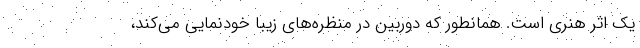
یک اثر هنری است. همانطور که دوربین در منظره‌های زیبا خودنمایی می‌کند،